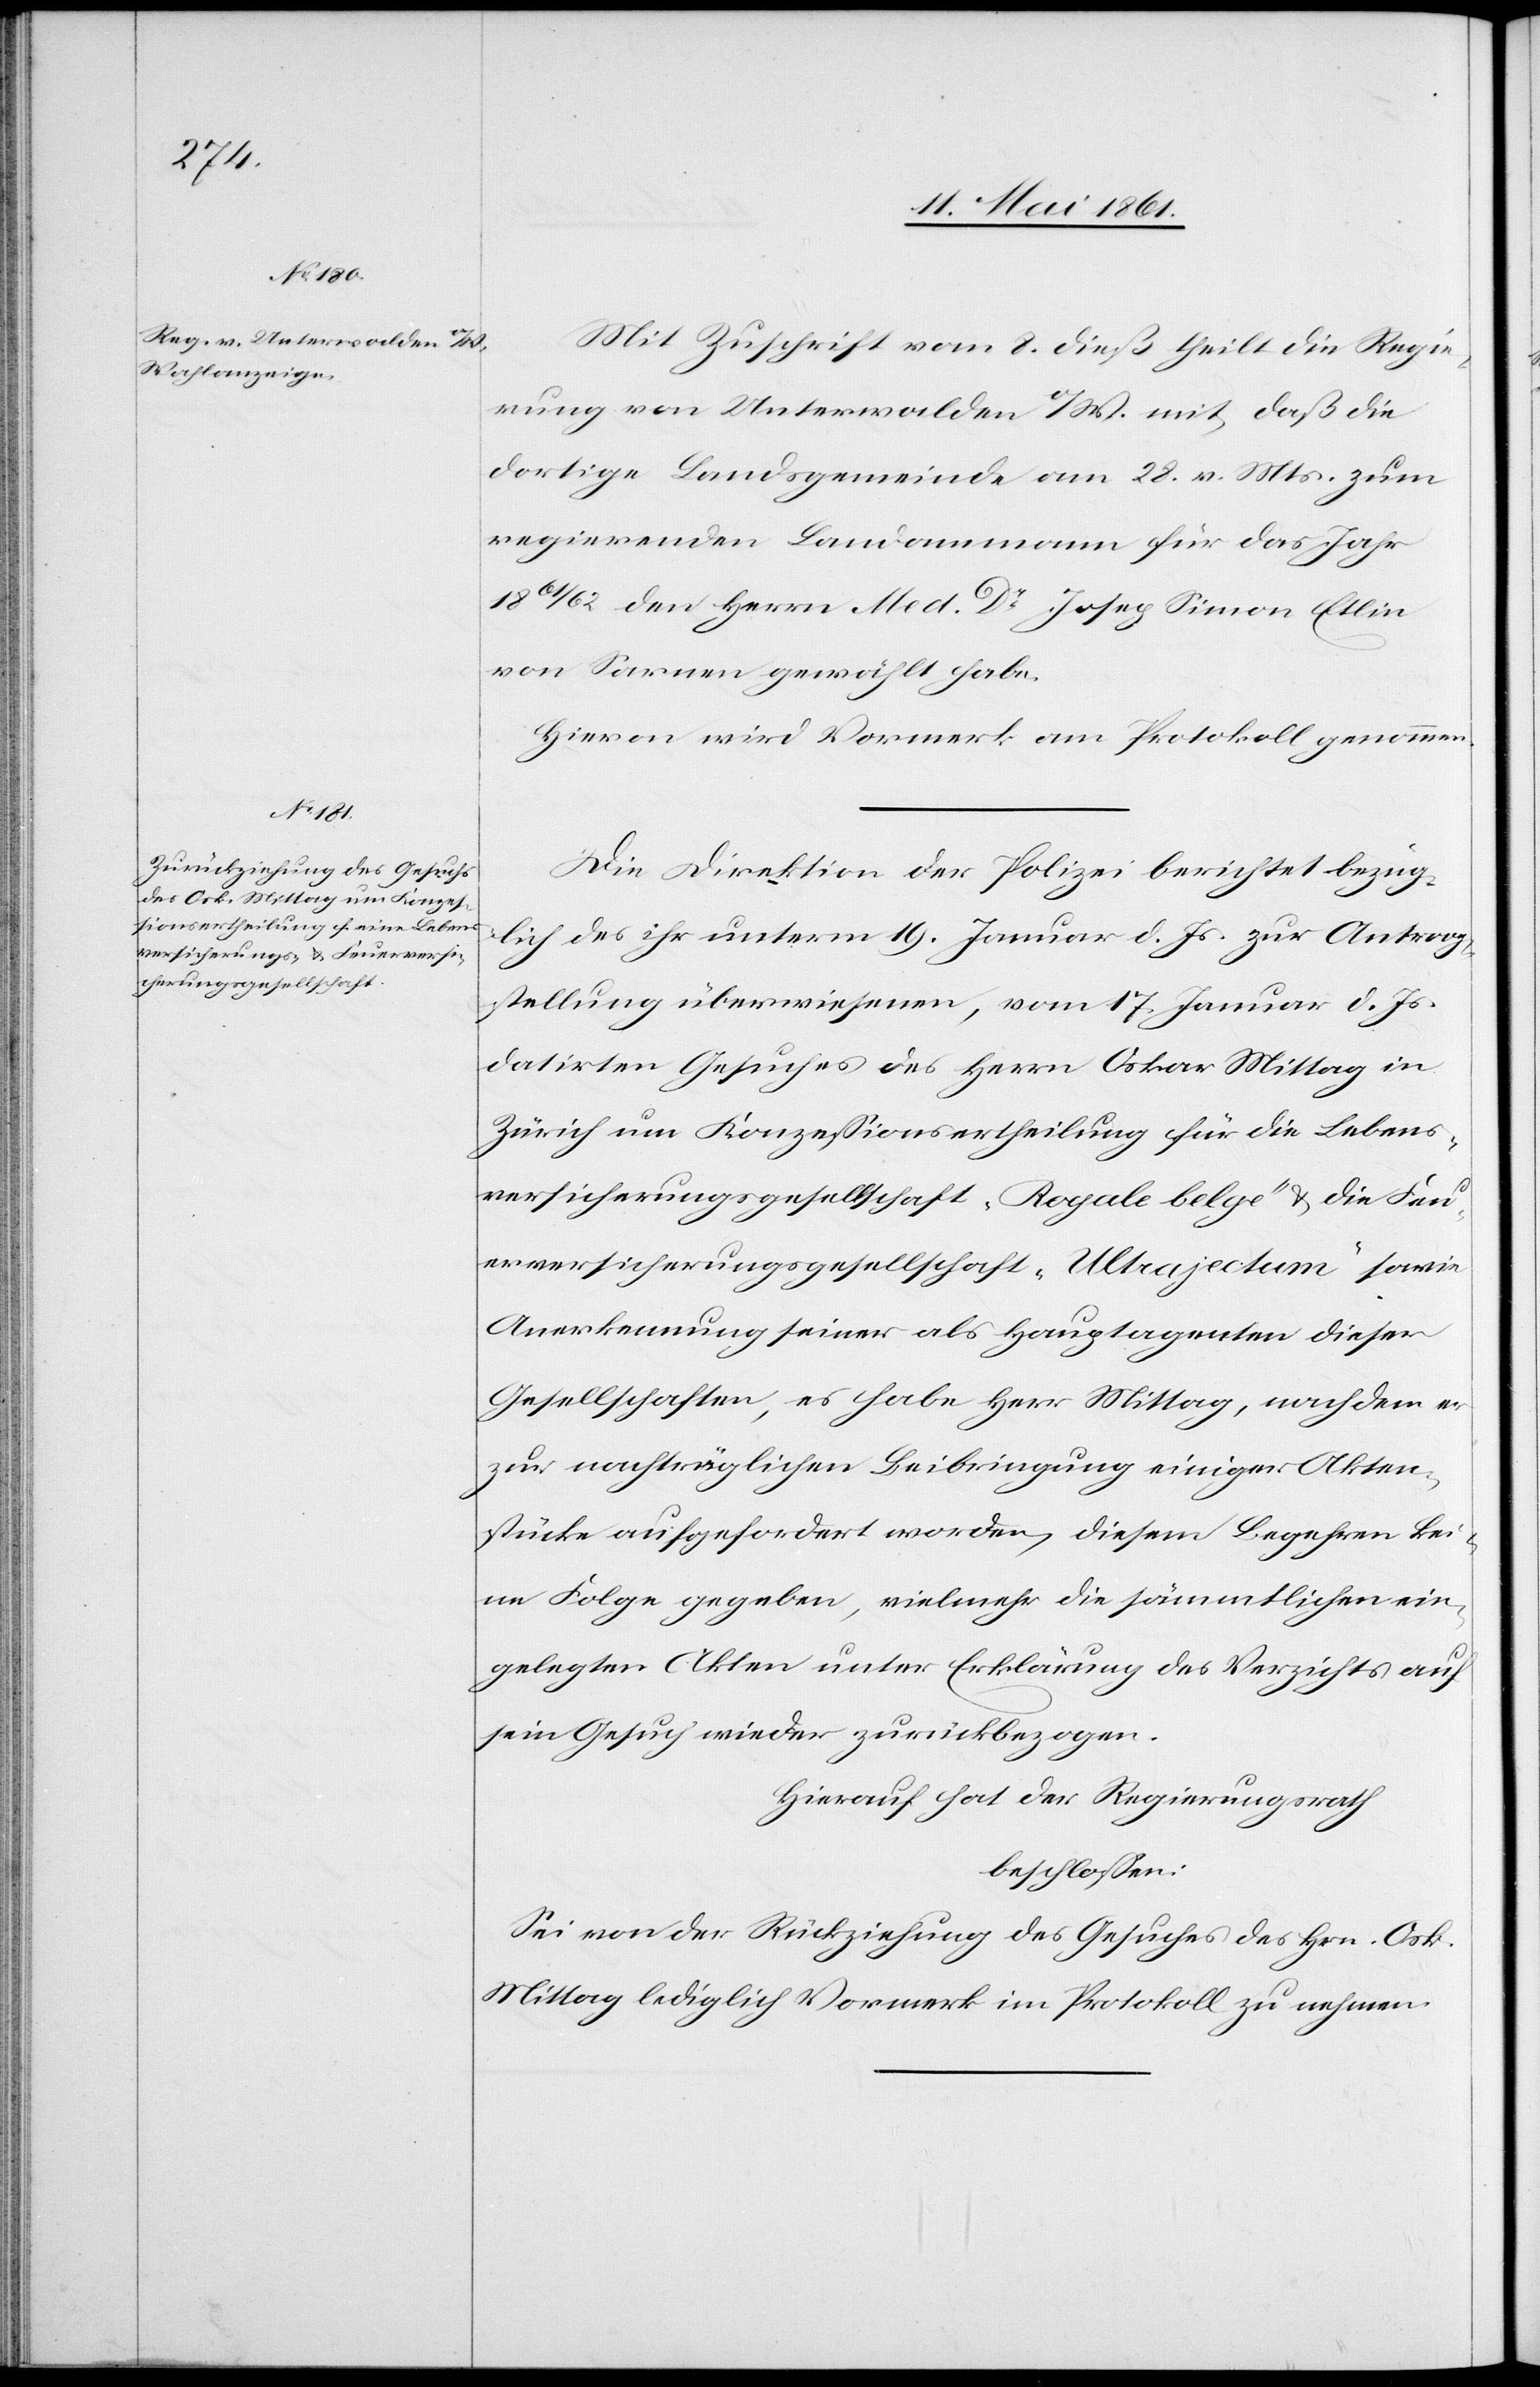
Mit Zuschrift vom 8. dieß theilt die Regie¬
rung von Unterwalden o/W. mit, daß die
dortige Landsgemeinde am 28. v. Mts. zum
regierenden Landammann für das Jahr
1861/62 den Herrn Med Dr. Josep[h] Simon Etlin
von Sarnen gewählt habe.
Hievon wird Vormerk am Protokoll genommen.
Die Direktion der Polizei berichtet bezüg¬
lich des ihr unterm 19. Januar d. Js. zur Antrag¬
stellung überwiesenen, vom 17. Januar d. Js.
datirten Gesuches des Herrn Oskar Mittag in
Zürich um Konzessionsertheilung für die Lebens¬
versicherungsgesellschaft „Royal belge“ u. die Feu¬
erversicherungsgesellschaft „Ultrajectum“ sowie
Anerkennung seiner als Hauptagenten dieser
Gesellschaften, es habe Herr Mittag, nachdem er
zur nachträglichen Beibringung einiger Akten¬
stücke aufgefordert worden, diesem Begehren kei¬
ne Folge gegeben, vielmehr die sämmtlichen ein¬
gelegten Akten unter Erklärung des Verzichts auf
sein Gesuch wieder zurückbezogen.
Hierauf hat der Regierungsrath
beschlossen:
Sei von der Rückziehung des Gesuches des Hrn. Osk.
Mittag lediglich Vormerk im Protokoll zu nehmen.